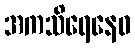
အကသိရေနေဝ